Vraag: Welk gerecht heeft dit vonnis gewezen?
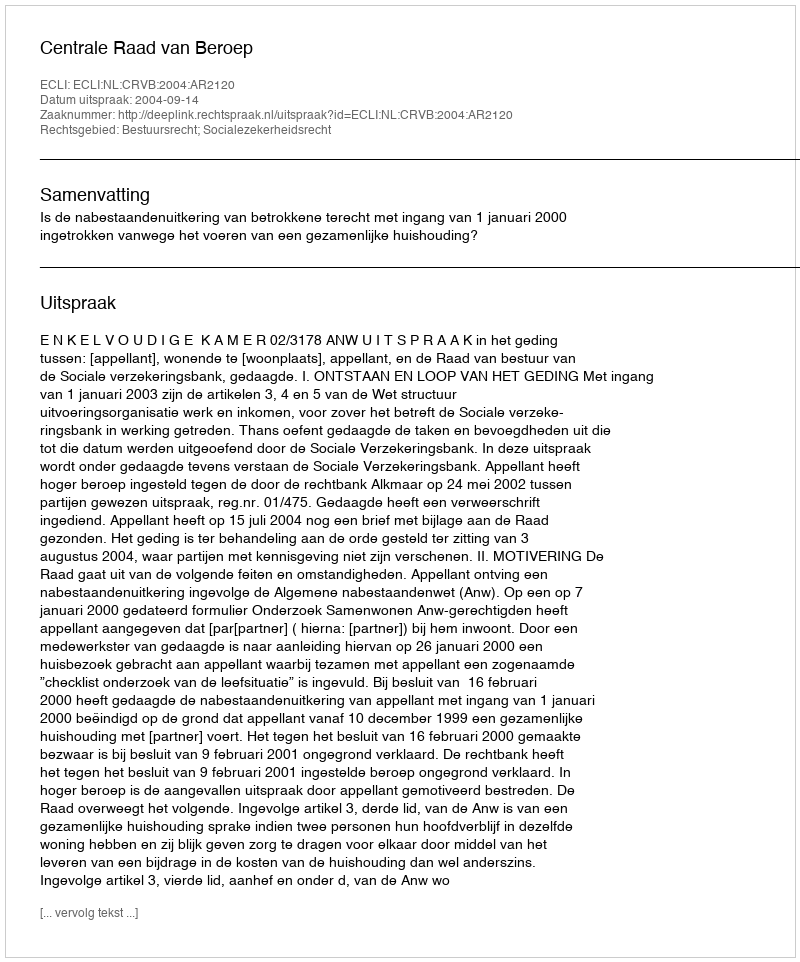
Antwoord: Centrale Raad van Beroep